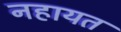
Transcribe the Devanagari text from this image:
नहायत